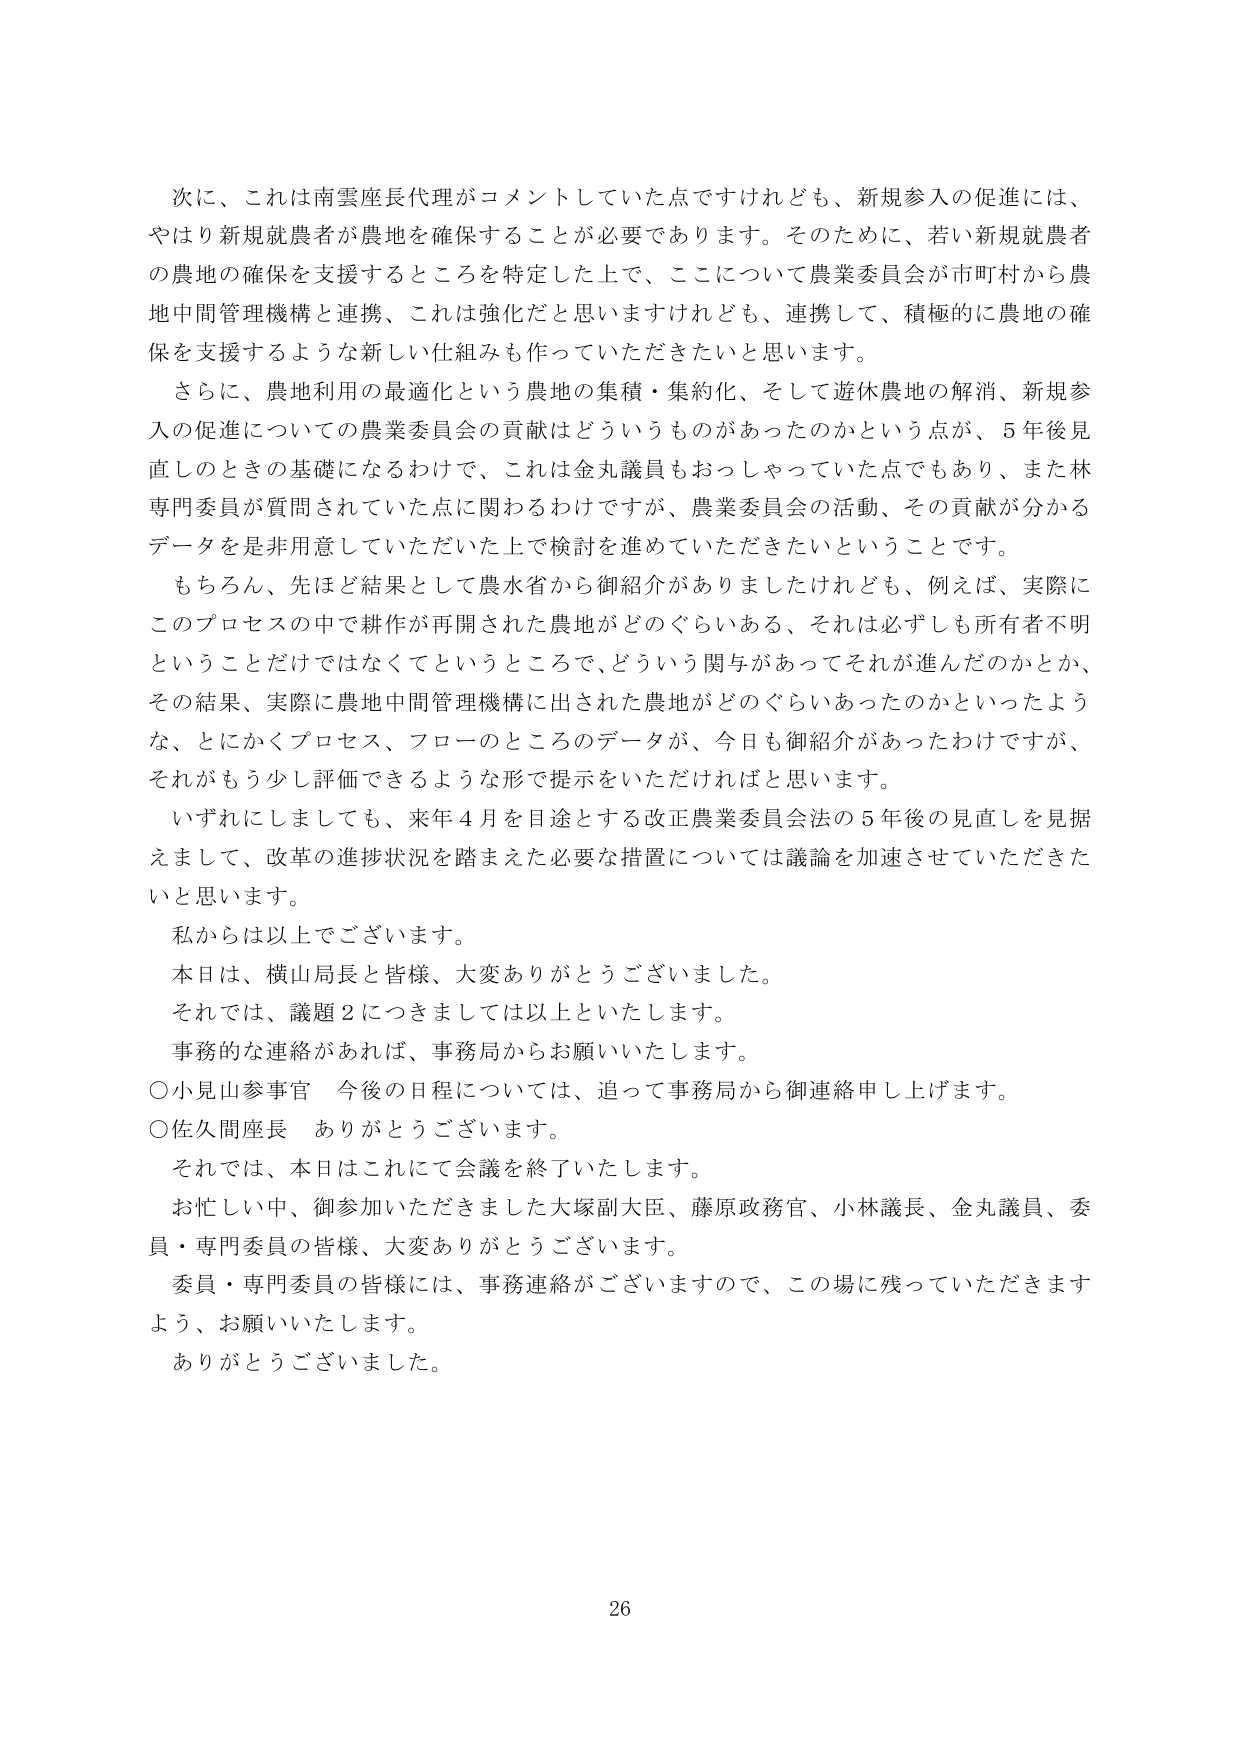
次に、これは南雲座長代理がコメントしていた点ですけれども、新規参入の促進には、やはり新規就農者が農地を確保することが必要であります。そのため、若く新規就農者の農地の確保を支援するところを特定した上で、ここについて農業委員会が市町村から農地中間管理機構と連携、これは強化だと思いますけれども、連携して、積極的に農地の確保を支援するような新しい仕組みも作っていただきたいと思います。

さらに、農地利用の最適化という農地の集積・集約化、そして遊休農地の解消、新規参入の促進についての農業委員会の貢献はどういうものがあったのかという点が、5年後見直しのときの基礎になるわけで、これは金丸議員もおっしゃっていた点でもあり、また林専門委員が質問されていた点に関わるわけですが、農業委員会の活動、その貢献が分かるデータを是非用意していただいた上で検討を進めていただきたいということです。

もちろん、先ほど結果として農水省から御紹介がありましたけれども、例えば、実際にこのプロセスの中で耕作が再開された農地がどのぐらいある、それは必ずしも所有者不明ということだけではなくてというところで、どういう関与があってそれが進んだのかとか、その結果、実際に農地中間管理機構に出された農地がどのぐらいあったのかといったような、とにかくプロセス、フローのところのデータが、今日も御紹介があったわけですが、それがもう少し評価できるような形で提示をいただければと思います。

いずれにしましても、来年4月を目途とする改正農業委員会法の5年後の見直しを見据えまして、改革の進捗状況を踏まえた必要な措置については議論を加速させていただきたいと思います。

私からは以上でございます。

本日は、横山局長と皆様、大変ありがとうございました。

それでは、議題2につきましては以上といたします。

事務的な連絡があれば、事務局からお願いいたします。

○小見山参事官　今後の日程については、追って事務局から御連絡申し上げます。

○佐久間座長　ありがとうございます。

それでは、本日はこれにて会議を終了いたします。

お忙しい中、御参加いただきました大塚副大臣、藤原政務官、小林議長、金丸議員、委員・専門委員の皆様、大変ありがとうございます。

委員・専門委員の皆様には、事務連絡がございますので、この場に残っていただきますよう、お願いいたします。

ありがとうございました。

26